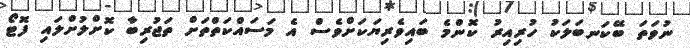
ނުވަތަ ބޭކަނބަލަކު ހުރިއިރު ކޮންމެ ބައިވެރިޔަކަށްވެސް އެ މަސައްކަތްތަށް ތަޖުރިބާ ކޮށްލުށްލައި ފޮޓޯ